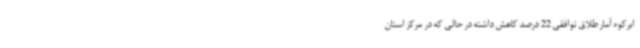
ابرکوه آمار طلاق توافقی 22 درصد کاهش داشته در حالی که در مرکز استان